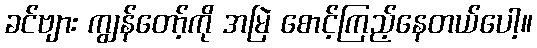
ခင်ဗျား ကျွန်တော့်ကို အမြဲ စောင့်ကြည့်နေတယ်ပေါ့။